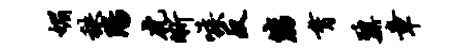
媚秩阳虎晰嗾反筋育鼐章